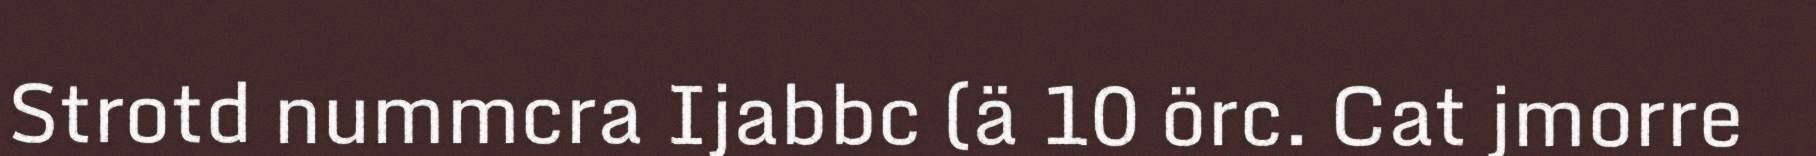
Strotd nummcra Ijabbc (ä 10 örc. Cat jmorre